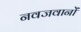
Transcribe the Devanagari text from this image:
नवजवानों